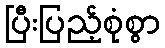
ပြီးပြည့်စုံစွာ